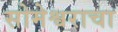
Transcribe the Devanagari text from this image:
सोमेश्वराचा